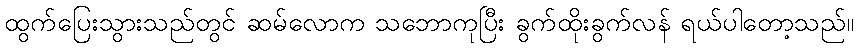
ထွက်ပြေးသွားသည်တွင် ဆမ်လောက သဘောကုပြီး ခွက်ထိုးခွက်လန် ရယ်ပါတော့သည်။